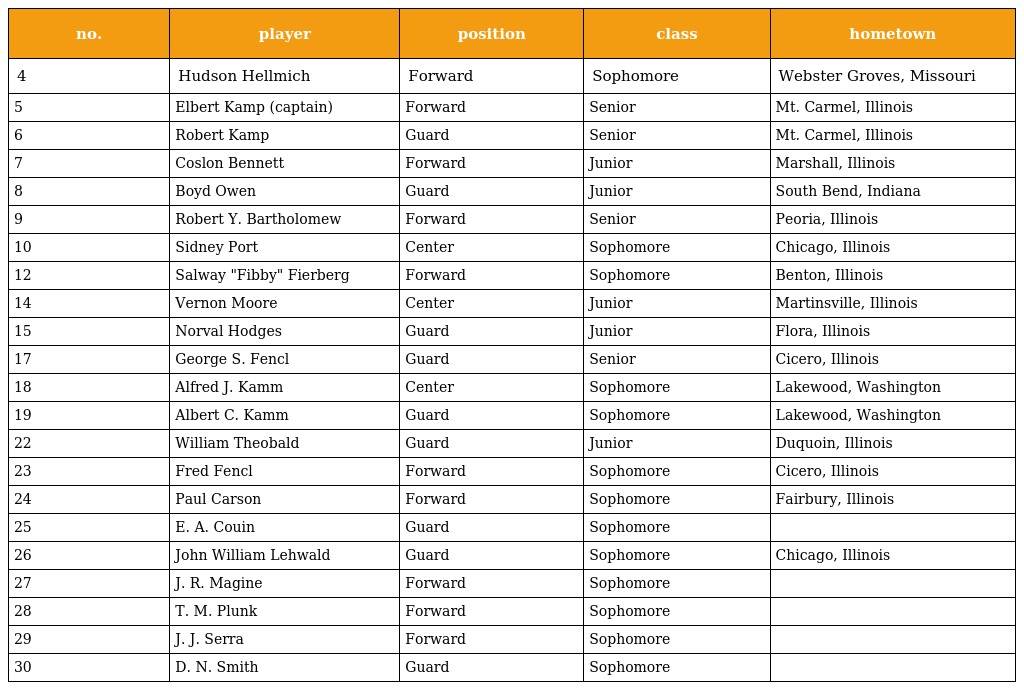
| no. | player | position | class | hometown |
 | --- | --- | --- | --- | --- |
 | 4 | Hudson Hellmich | Forward | Sophomore | Webster Groves, Missouri |
 | 5 | Elbert Kamp (captain) | Forward | Senior | Mt. Carmel, Illinois |
 | 6 | Robert Kamp | Guard | Senior | Mt. Carmel, Illinois |
 | 7 | Coslon Bennett | Forward | Junior | Marshall, Illinois |
 | 8 | Boyd Owen | Guard | Junior | South Bend, Indiana |
 | 9 | Robert Y. Bartholomew | Forward | Senior | Peoria, Illinois |
 | 10 | Sidney Port | Center | Sophomore | Chicago, Illinois |
 | 12 | Salway "Fibby" Fierberg | Forward | Sophomore | Benton, Illinois |
 | 14 | Vernon Moore | Center | Junior | Martinsville, Illinois |
 | 15 | Norval Hodges | Guard | Junior | Flora, Illinois |
 | 17 | George S. Fencl | Guard | Senior | Cicero, Illinois |
 | 18 | Alfred J. Kamm | Center | Sophomore | Lakewood, Washington |
 | 19 | Albert C. Kamm | Guard | Sophomore | Lakewood, Washington |
 | 22 | William Theobald | Guard | Junior | Duquoin, Illinois |
 | 23 | Fred Fencl | Forward | Sophomore | Cicero, Illinois |
 | 24 | Paul Carson | Forward | Sophomore | Fairbury, Illinois |
 | 25 | E. A. Couin | Guard | Sophomore |  |
 | 26 | John William Lehwald | Guard | Sophomore | Chicago, Illinois |
 | 27 | J. R. Magine | Forward | Sophomore |  |
 | 28 | T. M. Plunk | Forward | Sophomore |  |
 | 29 | J. J. Serra | Forward | Sophomore |  |
 | 30 | D. N. Smith | Guard | Sophomore |  |